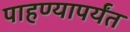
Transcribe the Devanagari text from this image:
पाहण्यापर्यंत